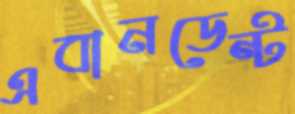
এবানডেন্ট